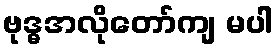
ဗုဒ္ဓအလိုတော်ကျ မပါ